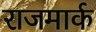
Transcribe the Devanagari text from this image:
राजमार्क